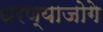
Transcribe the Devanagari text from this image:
धरण्याजोगे